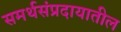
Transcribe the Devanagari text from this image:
समर्थसंप्रदायातील